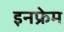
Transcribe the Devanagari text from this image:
इनफ्रेम